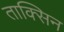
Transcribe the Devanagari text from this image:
ताक्सिन